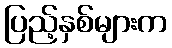
ပြည့်နှစ်များက